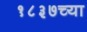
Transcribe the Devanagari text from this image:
१८३७च्या